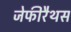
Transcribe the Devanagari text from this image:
जेफीरैथस